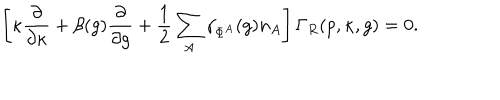
\left[ \kappa \frac { \partial } { \partial \kappa } + \beta ( g ) \frac { \partial } { \partial g } + \frac { 1 } { 2 } \sum _ { A } \gamma _ { \Phi ^ { A } } ( g ) n _ { A } \right] \Gamma _ { R } ( p , \kappa , g ) = 0 .